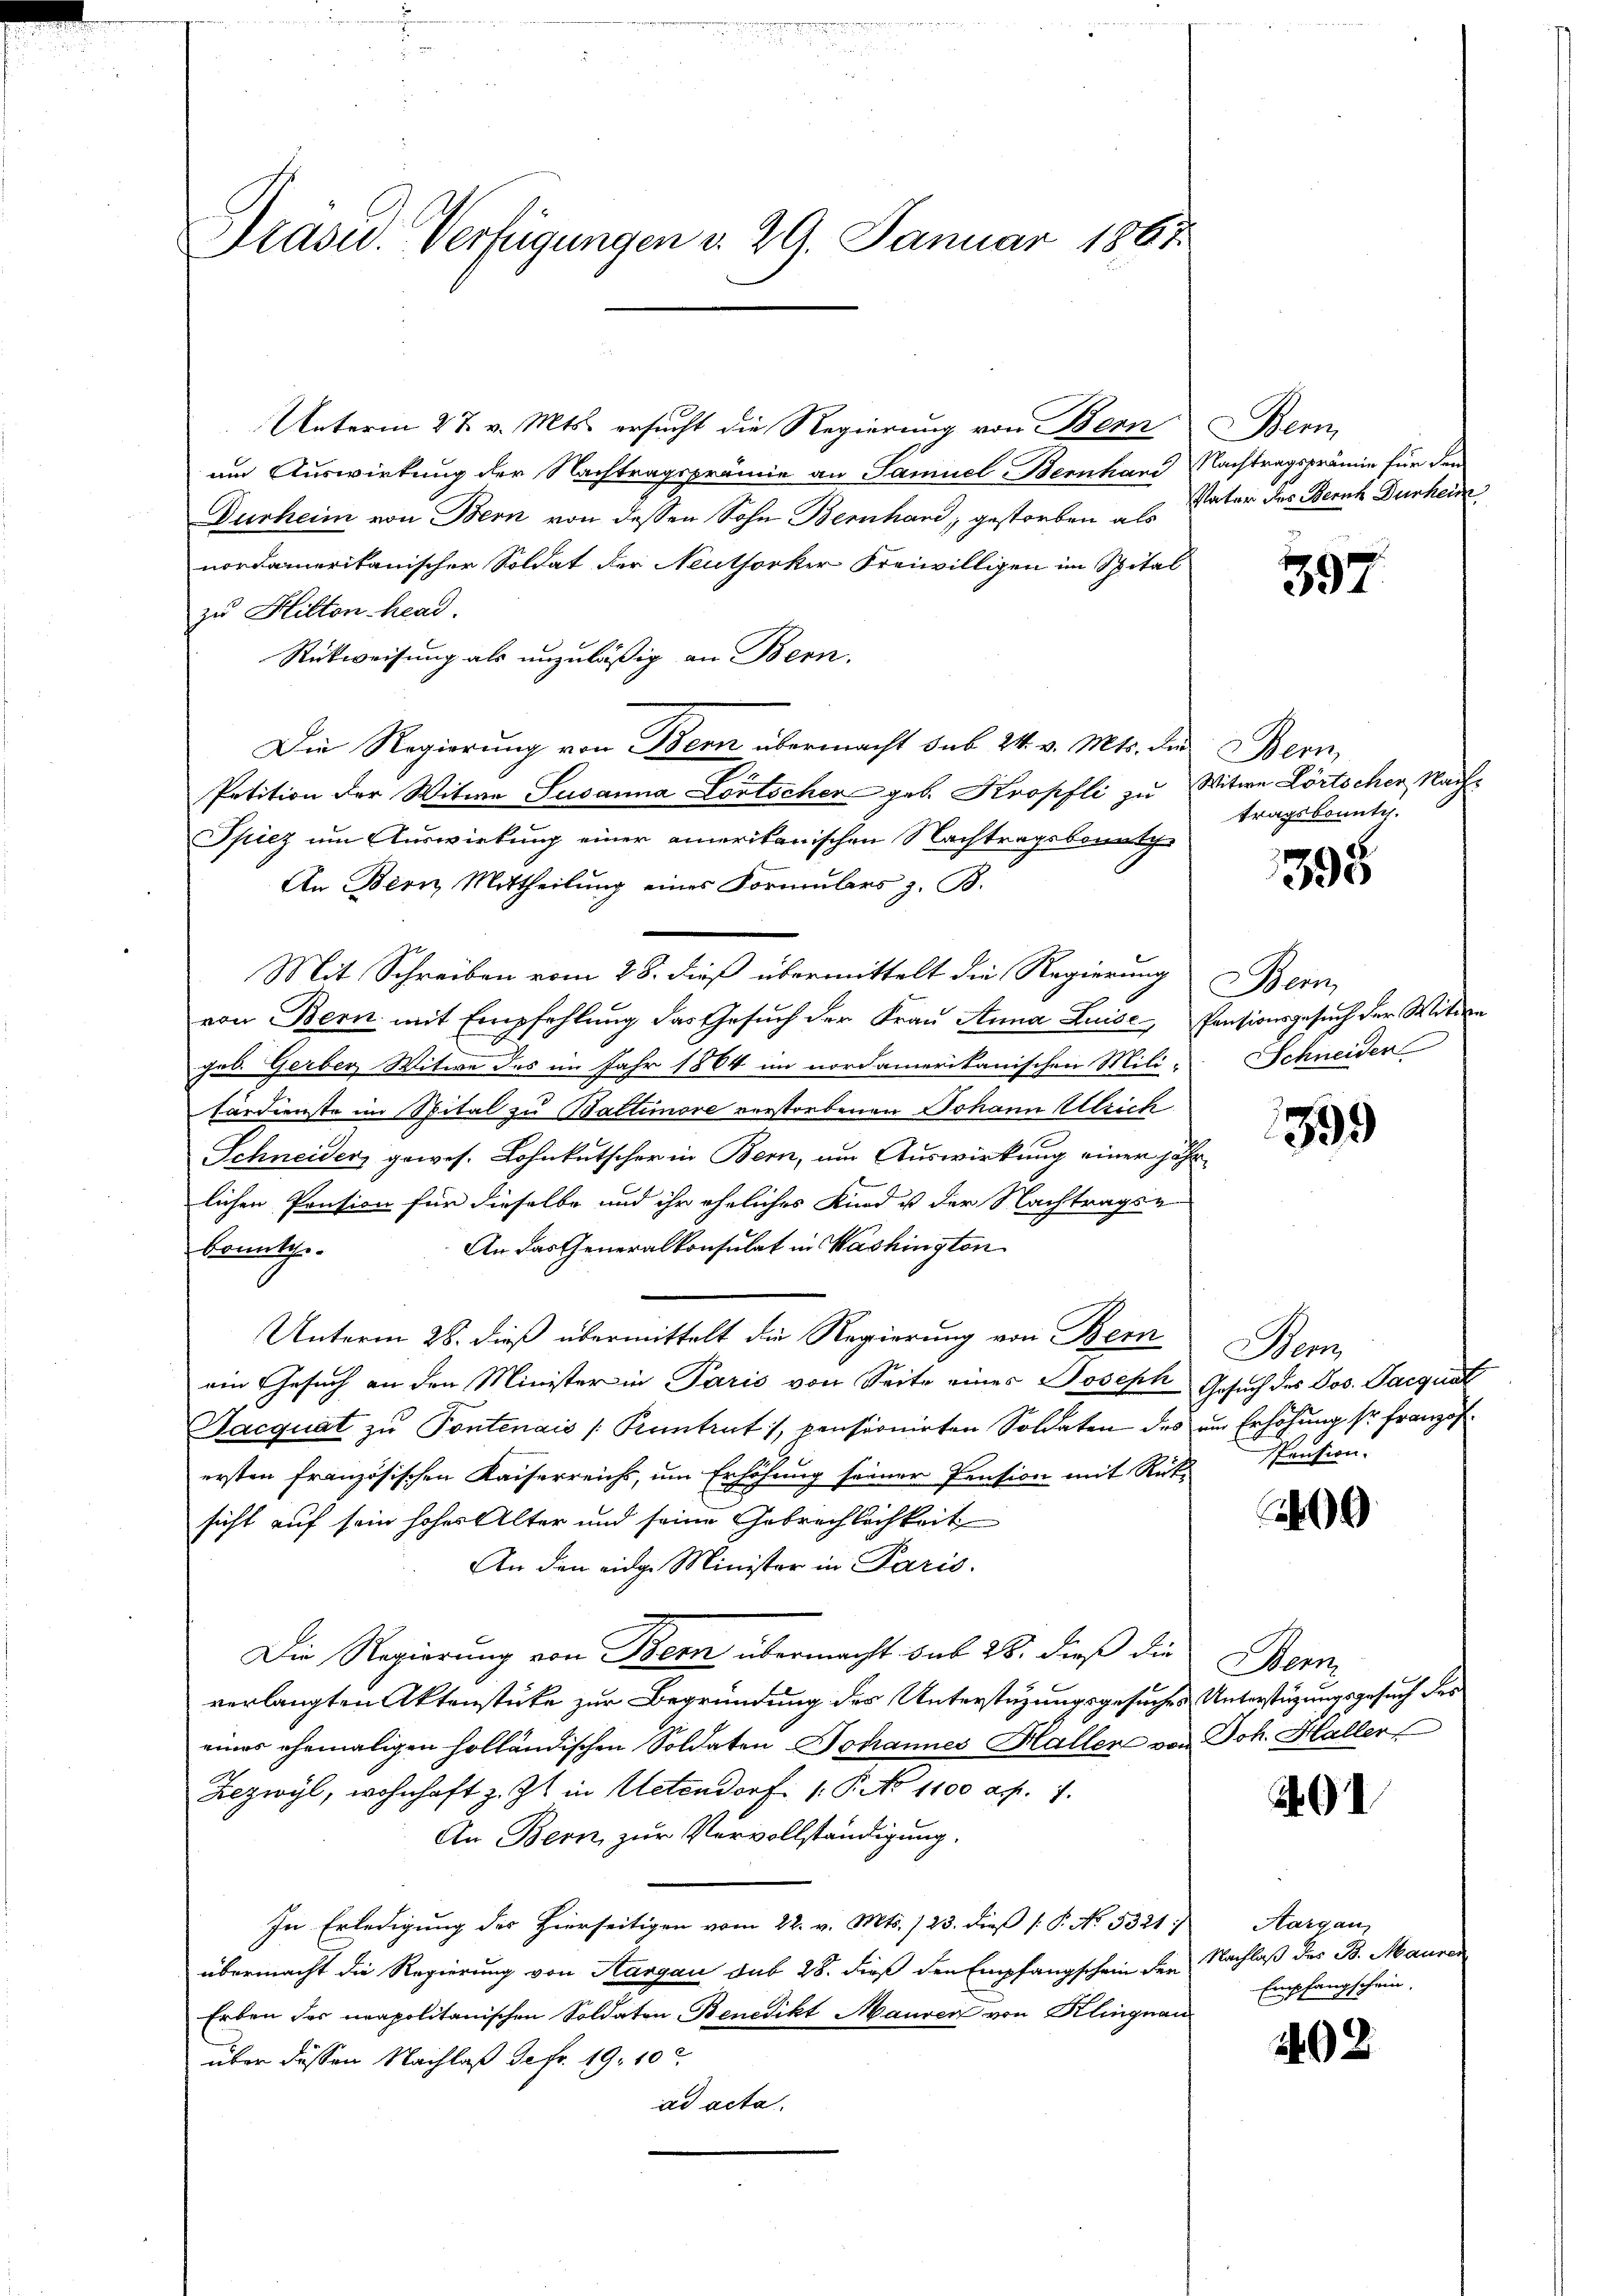
Drasu. Verfügungen d. 29. Januar 1867.

Unterm 27. v. Mts. ersucht die Regierung von Bern Bern,
um Auswirkung der Nachtragsprämie an Samuel Bernhard Nachtragsprämie für die
Durheim von Bern von dessen Sohn Bernhard, gestorben als Vater des Bernh Durhei
nordamerikanischer Soldat der Neuthorker Freiwilligen im Spital
zu Hilten head.
Rückweisung als unzuläßig an Bern.
Die Regierung von Bern übermacht sub 24. v. Mts. die Bern
Petition der Witwe Susanna Lortscher geb. Kropfli zu Witwe Lörtscher Nach¬
Spiez um Auswirkung einer amerikanischen Nachtragsbountche
An Bern Mittheilung eines Formulars z. B.
Mit Schreiben vom 28. dieß übermittelt die Regierung
von Bern mit Empfehlung das Gesuch der Frau Anna Luise Pensionsgesuch der Witwe
geb. Gerber Witwe des im Jahr 1864 im nordamerikanischen Mili-
färdienste im Spital zu Baltimore verstorbenen Johann Ulrich
Schneider, gewes. Lohnkutscher in Bern, um Auswirkung einer jähr
lichen Pension für dieselbe und ihr ähnliches Kind ist der Nachtrags-
An das Generalkonsulat in Washington
konntche
Unterm 28. dieß übermittelt die Regierung von Bern Bern
ein Gesuch an den Minister in Paris von Seite eines Joseph Gesuch des Jos. Jacquat
Sacquat zu Pontenais (Kuntrut, pensionirten Soldaten des um Erhöhung sr franzofersten französischen Kaiserreichs, um Erhöhung seiner Pension mit Rüksicht auf sein hohes Alter und seine Gebrachlichkeit
An den eidg. Minister in Paris.
Die Regierung von Bern übermacht sub 28. dieß die
verlangten Aktenstüke zur Begründung des Unterstüzungsgesuches Unterstüzungsgesuch des
eines ehemaligen holländischen Soldaten Johannes Haller von Joh. Haller
Zezwyl, wohnhaft z. Zt. in Uetendorf (: P. No 1100 asp. 7.
An Bern, zur Vervollständigung.
In Erledigung des Hierseitigen vom 22. v. Mts. 123. dieß P. No. 5321)
übermacht die Regierung von Aargau sub 28. dieß den Empfangschein der Nachlaß des B. Mauren
Erben des neapolitanischen Soldaten Benedikt Maurer von Klingnau
über dessen Nachlaß de fr. 19. 10
ad acta.

397

tragskonnte.

395

Bein
Schneiden

599

Pension.

09

Wenn

Aargau,
Empfangschein.

02